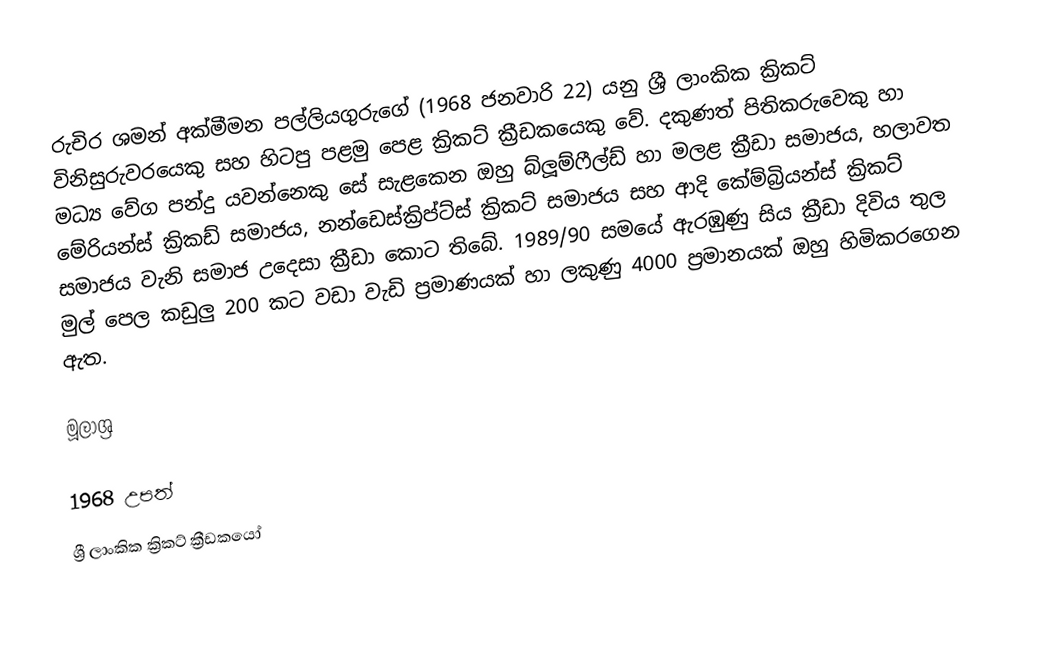
රුචිර ශමන් අක්මීමන පල්ලියගුරුගේ  (1968 ජනවාරි 22) යනු ශ්‍රී ලාංකික ක්‍රිකට් විනිසුරුවරයෙකු සහ හිටපු පළමු පෙළ ක්‍රිකට් ක්‍රීඩකයෙකු වේ. දකුණත් පිතිකරුවෙකු හා මධ්‍ය වේග පන්දු යවන්නෙකු සේ සැළකෙන ඔහු බ්ලූම්ෆීල්ඩ් හා මලළ ක්‍රීඩා සමාජය, හලාවත මේරියන්ස් ක්‍රිකඩ් සමාජය, නන්ඩෙස්ක්‍රිප්ට්ස් ක්‍රිකට් සමාජය සහ ආදි කේම්බ්‍රියන්ස් ක්‍රිකට් සමාජය වැනි සමාජ උදෙසා ක්‍රීඩා කොට තිබේ. 1989/90 සමයේ ඇරඹුණු සිය ක්‍රීඩා දිවිය තුල මුල් පෙල කඩුලු 200 කට වඩා වැඩි ප්‍රමාණයක් හා ලකුණු 4000 ප්‍රමානයක් ඔහු හිමිකරගෙන ඇත.

මූලාශ්‍ර

1968 උපත්
ශ්‍රී ලාංකික ක්‍රිකට් ක්‍රීඩකයෝ‎